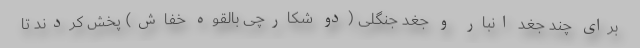
برای چند جغد انبار و جغد جنگلی (دو شکارچی بالقوه خفاش) پخش کردند تا